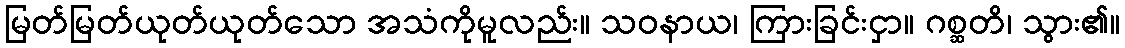
မြတ်မြတ်ယုတ်ယုတ်သော အသံကိုမူလည်း။ သဝနာယ၊ ကြားခြင်းငှာ။ ဂစ္ဆတိ၊ သွား၏။